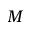
{ \cal M }